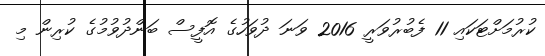
ކުރުމަށްޓަކައި 11 ފެބުރުވަރީ 2016 ވަނަ ދުވަހުގެ އޮފީސް ބަންދުވުމުގެ ކުރިން މި